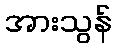
အားသွန်